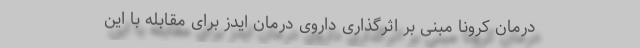
درمان کرونا مبنی بر اثرگذاری داروی درمان ایدز برای مقابله با این